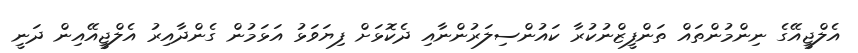
އެލްޖީއޭގެ ނިންމުންތައް ތަންފީޒްނުކުރާ ކައުންސިލަރުންނާއި ދެކޮޅަށް ފިޔަވަޅު އަޅަމުން ގެންދާއިރު އެލްޖީއޭއިން ދަނީ